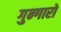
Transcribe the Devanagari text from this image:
गुन्गारो